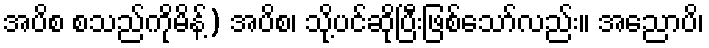
အပိစ စသည်ကိုမိန့်) အပိစ၊ သို့ပင်ဆိုပြီးဖြစ်သော်လည်း။ အညောပိ၊